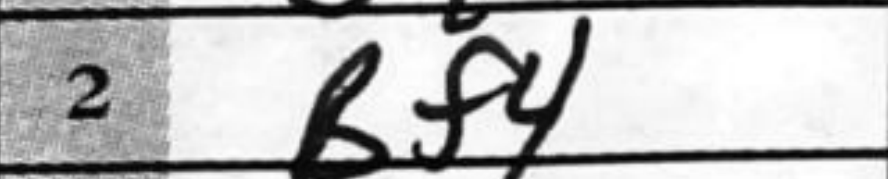
Transcription: Bf4